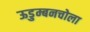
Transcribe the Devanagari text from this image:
ऊडुम्बनचोला